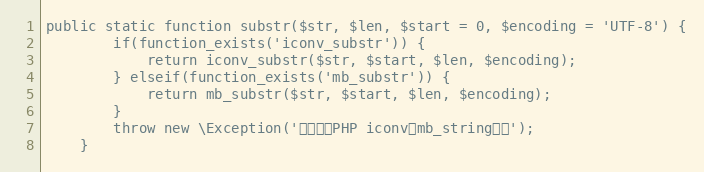
Language: PHP
public static function substr($str, $len, $start = 0, $encoding = 'UTF-8') {
	    if(function_exists('iconv_substr')) {
	        return iconv_substr($str, $start, $len, $encoding);
	    } elseif(function_exists('mb_substr')) {
	        return mb_substr($str, $start, $len, $encoding);
	    }
	    throw new \Exception('请先安装PHP iconv或mb_string扩展');
	}